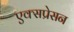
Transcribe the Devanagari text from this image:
एक्सप्रेसन